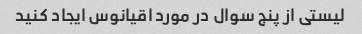
لیستی از پنج سوال در مورد اقیانوس ایجاد کنید